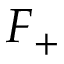
F _ { + }